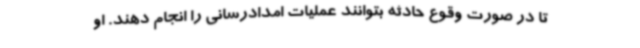
تا در صورت وقوع حادثه بتوانند عملیات امدادرسانی را انجام دهند. او